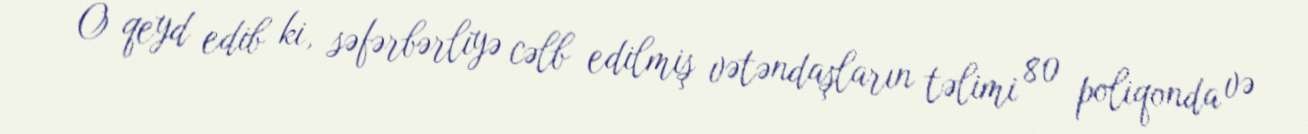
O qeyd edib ki, səfərbərliyə cəlb edilmiş vətəndaşların təlimi 80 poliqonda və